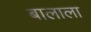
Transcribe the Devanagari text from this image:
बालाला